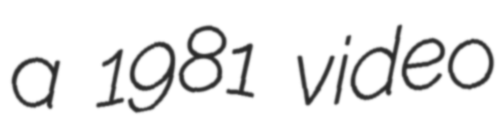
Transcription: a 1981 video